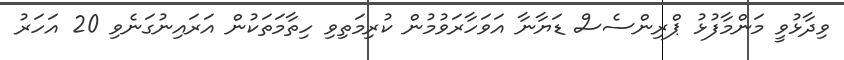
ވިދާޅުވީ މަންމާފުޅު ޕްރިންސެސް ޑަޔާނާ އަވަހާރަވުމުން ކުރިމަތިވި ހިތާމަތަކުން އަރައިނުގަނެވި 20 އަހަރު